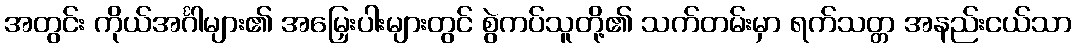
အတွင်း ကိုယ်အင်္ဂါများ၏ အမြှေးပါးများတွင် စွဲကပ်သူတို့၏ သက်တမ်းမှာ ရက်သတ္တ အနည်းငယ်သာ